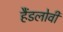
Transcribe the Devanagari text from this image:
हैंडलोवी